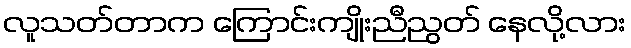
လူသတ်တာက ကြောင်းကျိုးညီညွတ် နေလို့လား